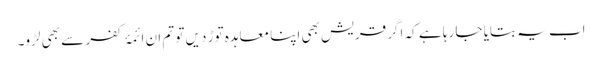
اب یہ بتایا جا رہا ہے کہ اگر قریش بھی اپنا معاہدہ توڑ دیں تو تم ان ائمۂ کفر سے بھی لڑو۔